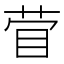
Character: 𰥞